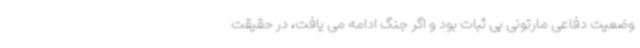
وضعیت دفاعی مارتونی بی ثبات بود و اگر جنگ ادامه می یافت، در حقیقت